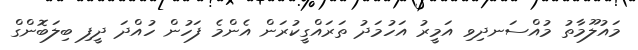
މައުލޫމާތު މުއްސަނދިވި އަމީރު އަހުމަދު ތަރައްގީކުރަން އެންމެ ފަހުން ހުއްދަ ދީފި ބިލަބޮންގް